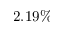
2 . 1 9 \%